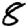
Digit: 8